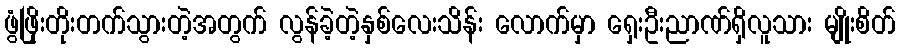
ဖွံဖြိုးတိုးတက်သွားတဲ့အတွက် လွန်ခဲ့တဲ့နှစ်လေးသိန်း လောက်မှာ ရှေးဦးညာဏ်ရှိလူသား မျိုးစိတ်